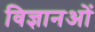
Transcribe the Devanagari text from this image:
विज्ञानओं